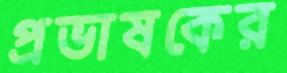
প্রভাষকের